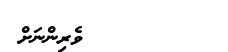
ވެރިންނަށް